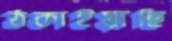
ঠকাইয়াছি